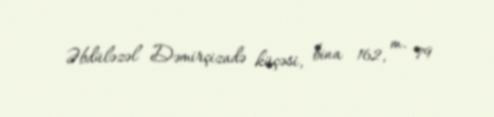
Əbdüləzəl Dəmirçizadə küçəsi, bina 162, m. 79